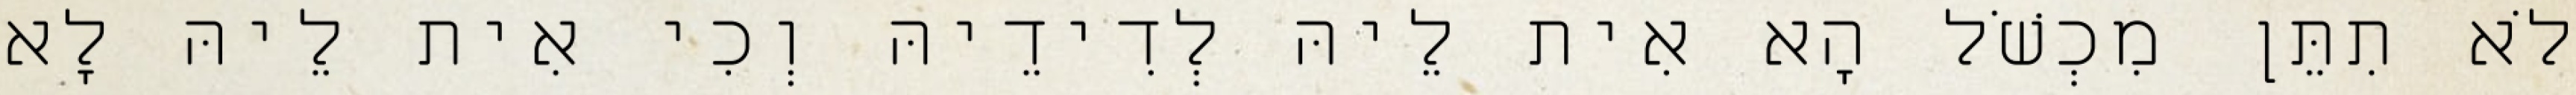
לֹא תִתֵּן מִכְשֹׁל הָא אִית לֵיהּ לְדִידֵיהּ וְכִי אִית לֵיהּ לָא